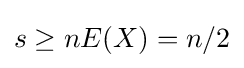
s\geq nE(X)=n/2